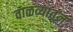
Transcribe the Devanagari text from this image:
वाळव्यातून